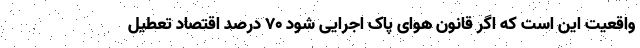
واقعیت این است که اگر قانون هوای پاک اجرایی شود ۷۰ درصد اقتصاد تعطیل